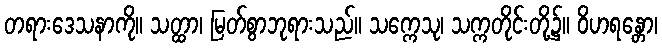
တရားဒေသနာကို။ သတ္ထာ၊ မြတ်စွာဘုရားသည်။ သက္ကေသု၊ သက္ကတိုင်းတို့၌။ ဝိဟရန္တော၊